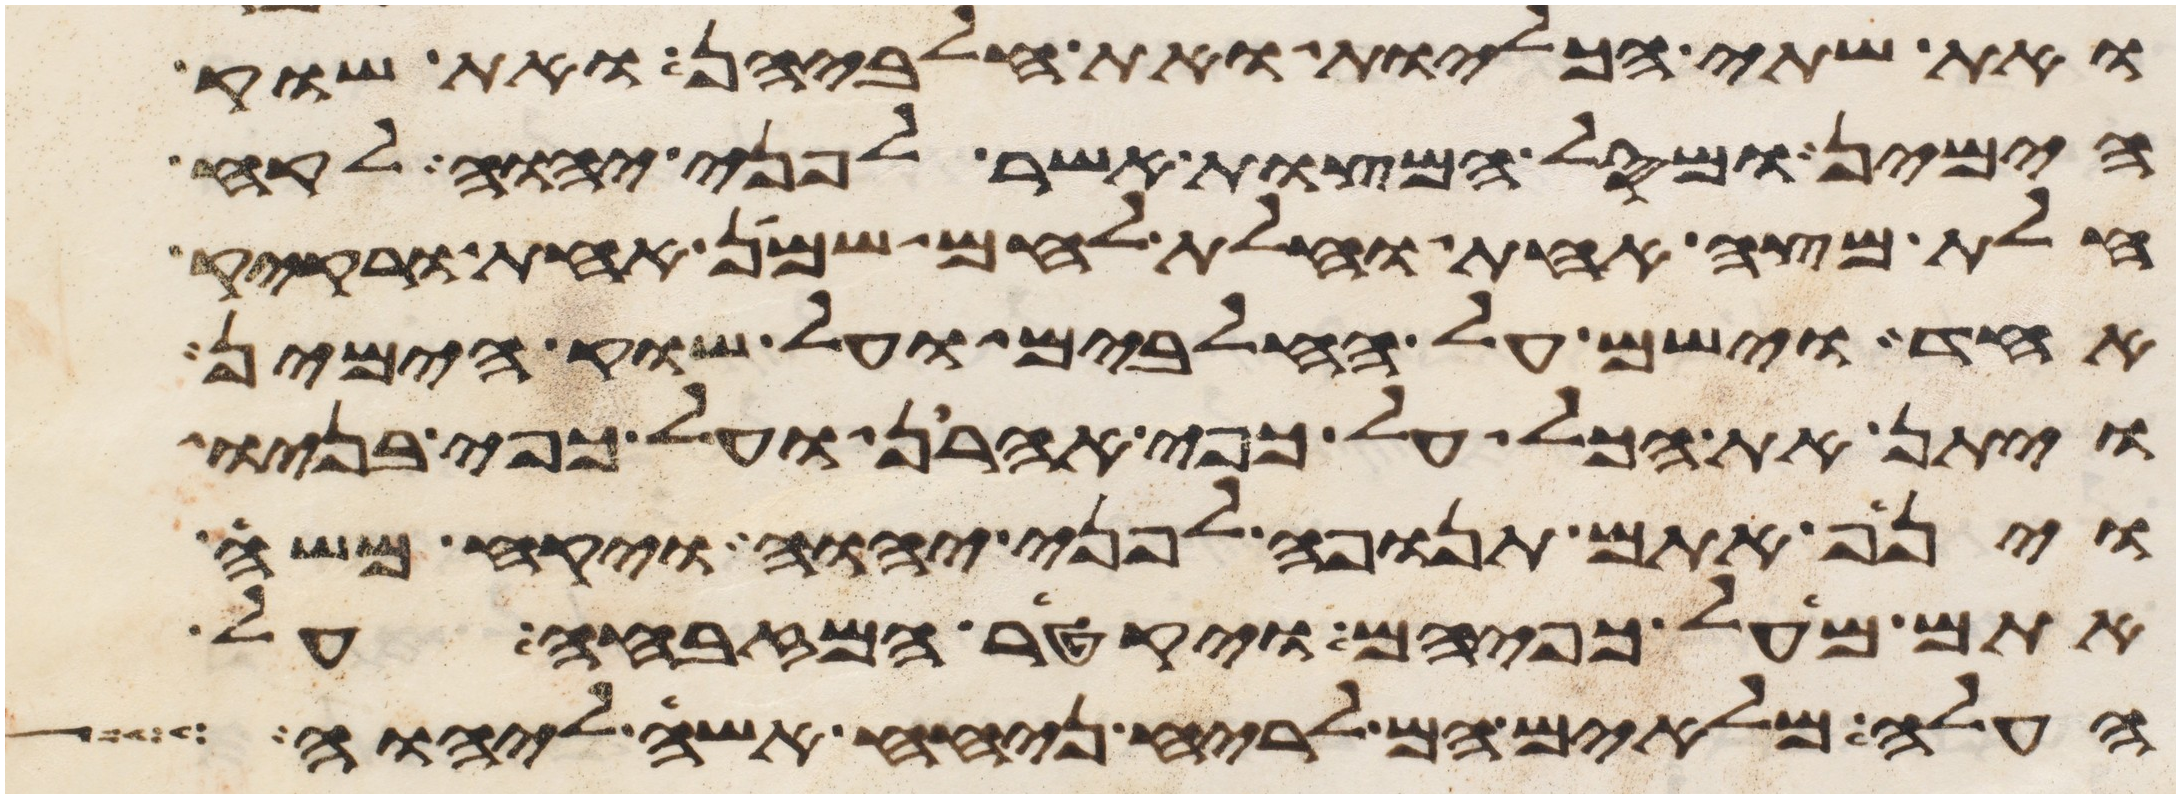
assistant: ואת שתי הכליות ואת חלביהן ואת שוק
הימין ומסל המצות אשר לפני יהוה לקח
חלת מצה אחת וחלת לחם שמן אחת ורקיק
אחד וישם על החלבים ועל שוק הימין
ויתן את הכל על כפי אהרן ועל כפי בניו
וינף אתם תנופה לפני יהוה ויקח משה
אתם מעל כפיהם ויקטר המזבחה על
העלה מלאים הם לריח ניחח אשה ליהוה